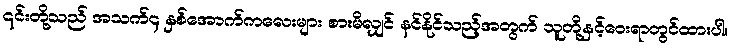
၎င်းတို့သည် အသက်၄ နှစ်အောက်ကလေးများ စားမိလျှင် နင်နိုင်သည့်အတွက် သူတို့နှင့်ဝေးရာတွင်ထားပါ။